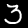
Digit: 3